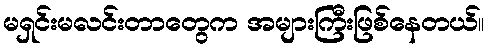
မရှင်းမလင်းတာတွေက အများကြီးဖြစ်နေတယ်။